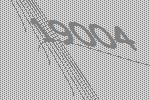
19004